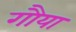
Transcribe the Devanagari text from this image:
गौया